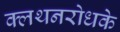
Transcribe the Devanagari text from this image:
क्लथनरोधके